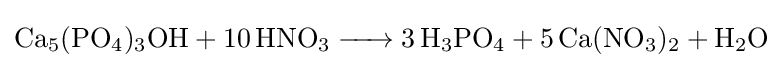
{\ce {Ca5(PO4)3OH + 10 HNO3 -> 3 H3PO4 + 5 Ca(NO3)2 + H2O}}